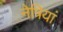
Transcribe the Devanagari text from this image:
नेत्रियां